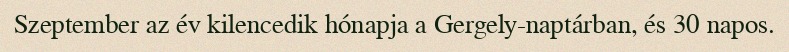
Szeptember az év kilencedik hónapja a Gergely-naptárban, és 30 napos.